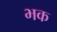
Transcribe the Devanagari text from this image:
भक